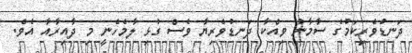
ދަނޑުވެރިކަމުގެ ސާމާނު ވިއްކާ ދަނޑުވެރިޔާ ވެސް ގުޅި ލާމެހެނީ މި ދާއިރާއާ އެވެ.